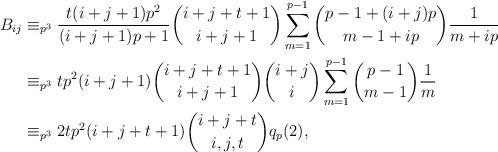
LaTeX: \begin{align*}B_{ij}&\equiv_{p^3}\frac{t(i+j+1)p^2}{(i+j+1)p+1}\binom{i+j+t+1}{i+j+1}\sum_{m=1}^{p-1}\binom{p-1+(i+j)p}{m-1+ip}\frac{1}{m+ip}\\&\equiv_{p^3}tp^2(i+j+1)\binom{i+j+t+1}{i+j+1}\binom{i+j}{i}\sum_{m=1}^{p-1}\binom{p-1}{m-1}\frac{1}{m}\\&\equiv_{p^3}2tp^2(i+j+t+1)\binom{i+j+t}{i,j,t}q_p(2),\end{align*}